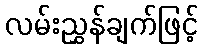
လမ်းညွှန်ချက်ဖြင့်